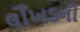
લોઁખડની